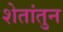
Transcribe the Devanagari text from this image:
शेतांतुन